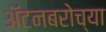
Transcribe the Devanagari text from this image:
ॲटनबरोच्या